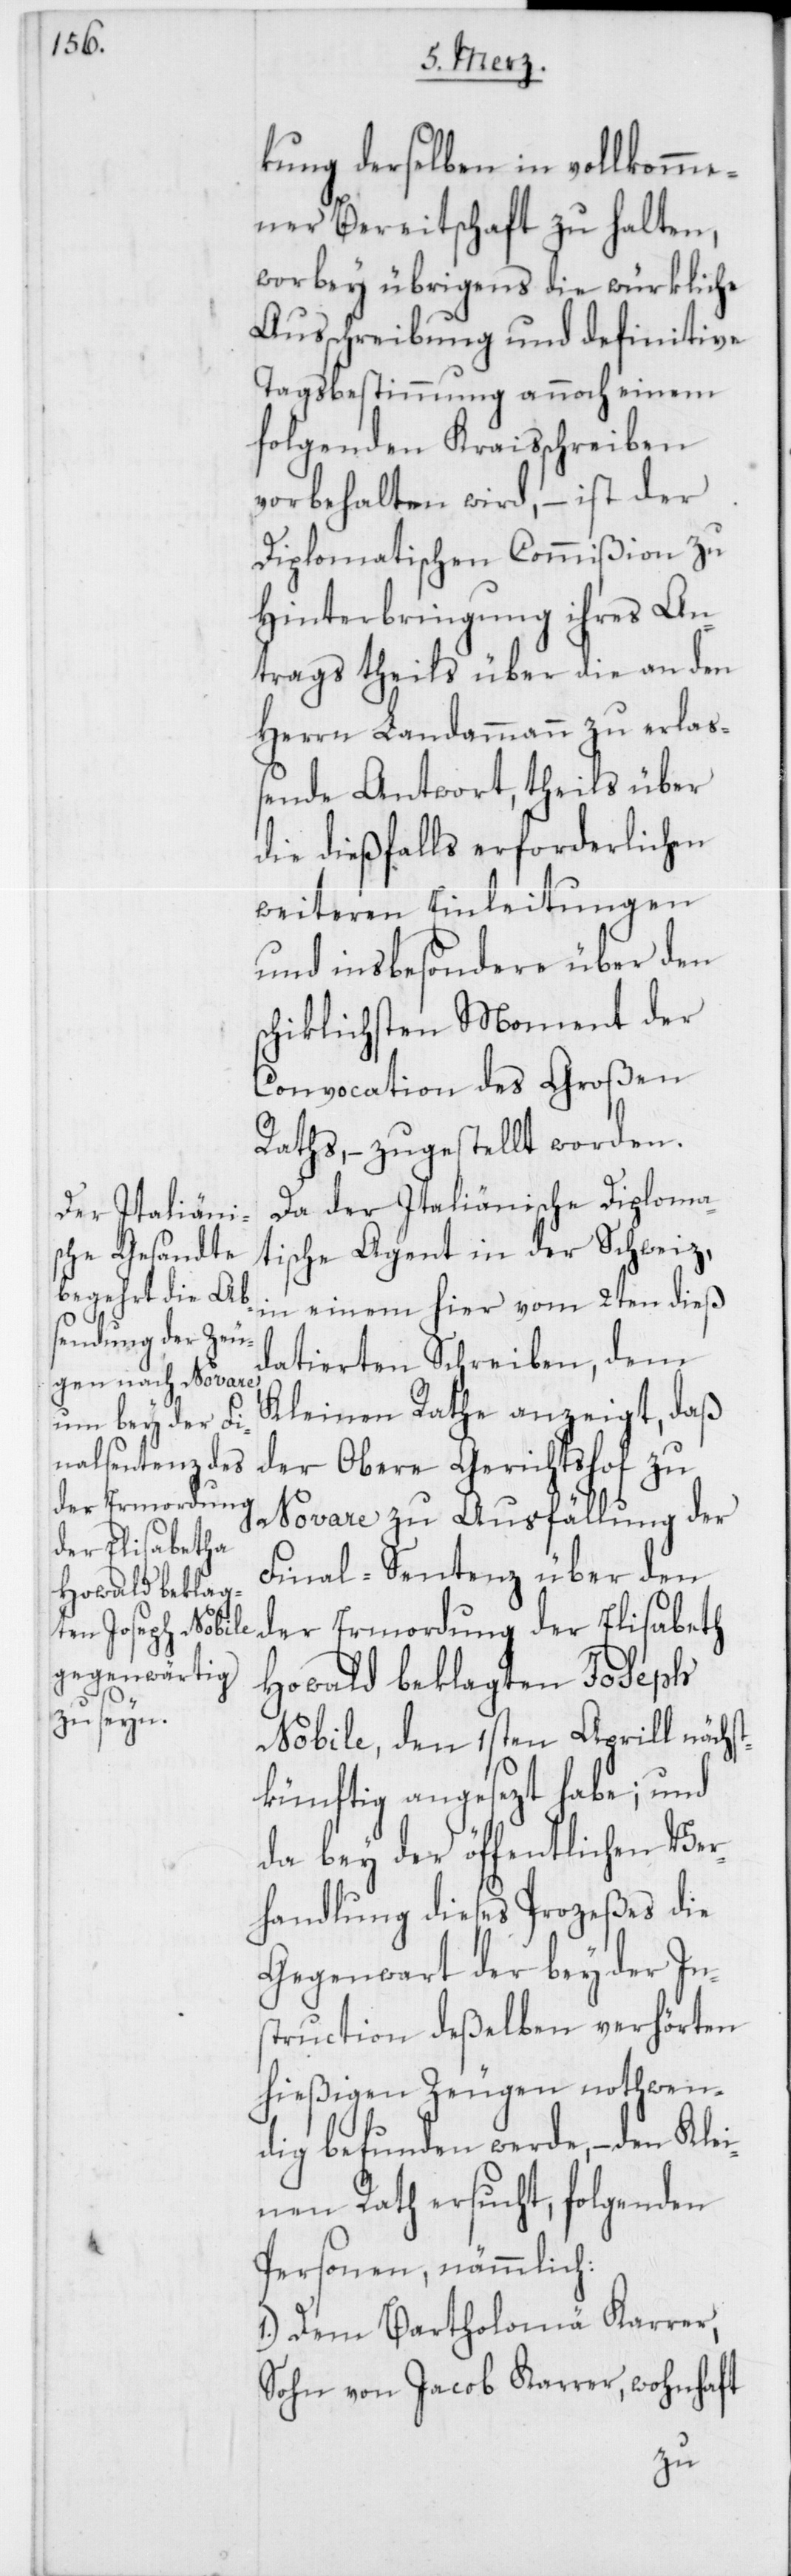
kung derselben in vollkomme¬
ner Bereitschaft zu halten,
worbey übrigens die würkliche
Ausschreibung und definitive
Tagsbestimmung annoch einem
folgenden Kraisschreiben
vorbehalten wird, – ist der
Diplomatischen Commißion zu
Hinterbringung ihres An¬
trags theils über die an den
Herrn Landammann zu erlaß¬
ende Antwort, theils über
die dießfalls erforderlichen
weiteren Einleitungen
und insbesondere über den
schiklichsten Moment der
Convocation des Großen
Raths, – zugestellt worden.
Da der Italiänische Diploma¬
tische Agent in der Schweiz,
in einem hier vom 2ten dieß
datierten Schreiben, dem
Kleinen Rathe anzeigt, daß
der Obere Gerichtshof zu
Novare zu Ausfällung der
Final-Sentenz über den
der Ermordung der Elisabeth
Howald beklagten Joseph
Nobile, den 1sten Aprill nächs¬
tkünftig angesezt habe; und
da bey der öffentlichen Ver¬
handlung dieses Prozeßes die
Gegenwart der bey der Ins¬
truction deßelben verhörten
hießigen Zeugen nothwen¬
dig befunden werde, – den Klei¬
nen Rath ersucht, folgenden
Personen, nämmlich:
1.) Dem Bartholomä Karrer,
Sohn von Jacob Karrer, wohnhaft